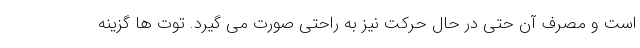
است و مصرف آن حتی در حال حرکت نیز به راحتی صورت می گیرد. توت ها گزینه